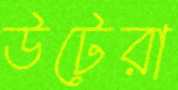
উটেরা